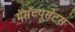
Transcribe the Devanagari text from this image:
मॅसॅच्यूसेटस